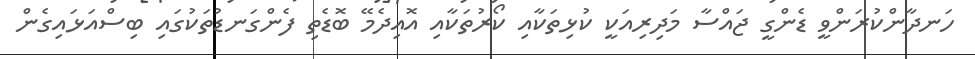
ހަނދާންކުރަންވީ ޑެންގީ ޖައްސާ މަދިރިއަކީ ކުޅިތަކާއި ކޯރުތަކާއި އޮއިދެމޭ ބޮޑެތި ފެންގަނޑުތަކުގައި ބިސްއަޅައިގެން